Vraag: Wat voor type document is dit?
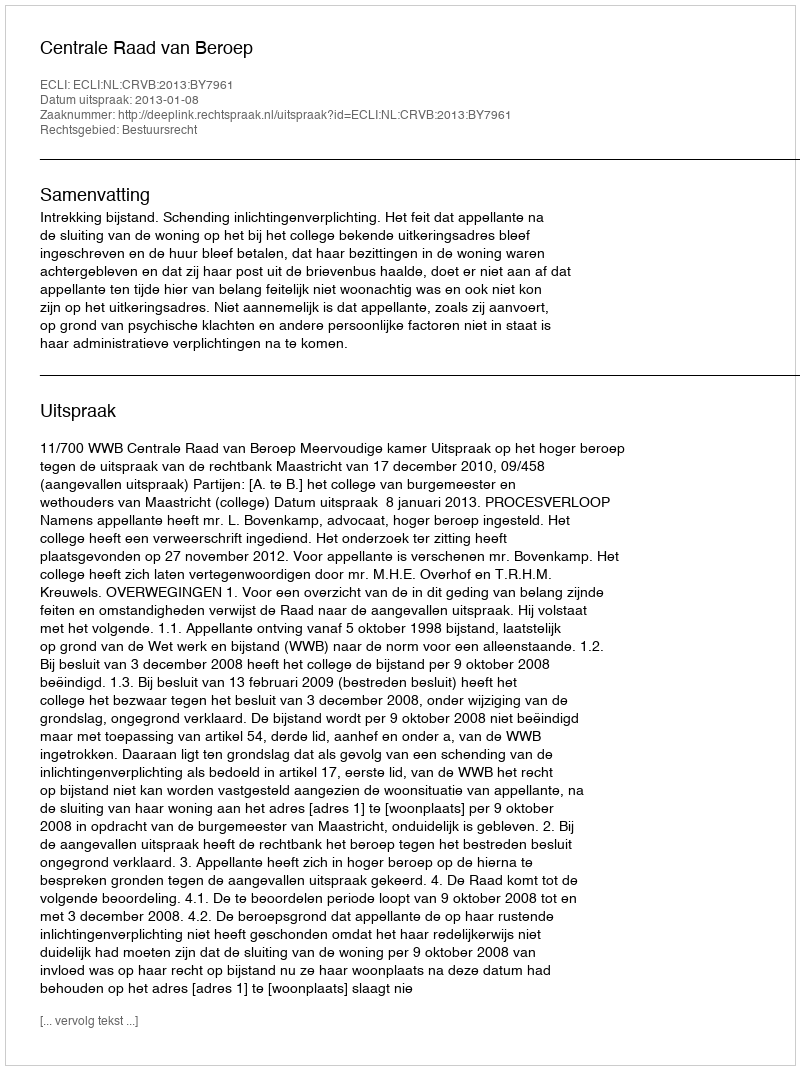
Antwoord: Uitspraak